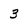
Character: 3